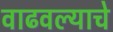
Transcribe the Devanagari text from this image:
वाढवल्याचे